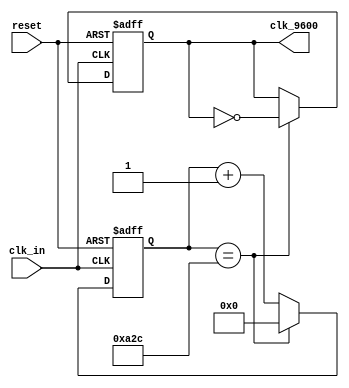
//	setup file time 2018/2/7
//	author <ross1206vii@gmail.com>



`define FRE_9600_TOGGLE	2604




module freq9600
(
	input reset,
	input clk_in,
	
	output reg clk_9600
);




reg [11:0] tim_tmp;



always @(posedge clk_in or negedge reset)
begin
	if(reset == 1'b0) begin		// means to reset
		tim_tmp <= 12'b0;
		clk_9600 <= 1'b0;
	end
	else begin
		if(tim_tmp ==  `FRE_9600_TOGGLE) begin
			tim_tmp <= 0;
			clk_9600 <= ~clk_9600;
		end
		else begin
			tim_tmp <= tim_tmp + 12'b1;
		end
	end
end



endmodule